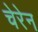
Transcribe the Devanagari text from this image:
चेरेन